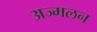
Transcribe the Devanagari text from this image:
अज्मलन